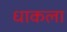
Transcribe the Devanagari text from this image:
धाकला